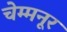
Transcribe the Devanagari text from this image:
चेम्मनूर